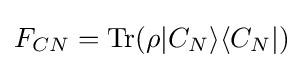
F_{CN}={\rm {Tr}}(\rho |C_{N}\rangle \langle C_{N}|)